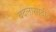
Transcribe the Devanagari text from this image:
बदलासाठीचे